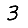
Digit: 3